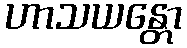
ဟာသယန္တော